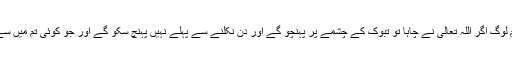
پھر اس کے بعد نکلے تو مغرب اور عشاء ملا کر پڑھیں اس کے بعد فرمایا کہ کل تم لوگ اگر اللہ تعالیٰ نے چاہا تو تبوک کے چشمے پر پہنچو گے اور دن نکلنے سے پہلے نہیں پہنچ سکو گے اور جو کوئی تم میں سے اس چشمے کے پاس جائے ، تو اس کے پانی کوہاتھ نہ لگائے جب تک میں نہ آؤں۔